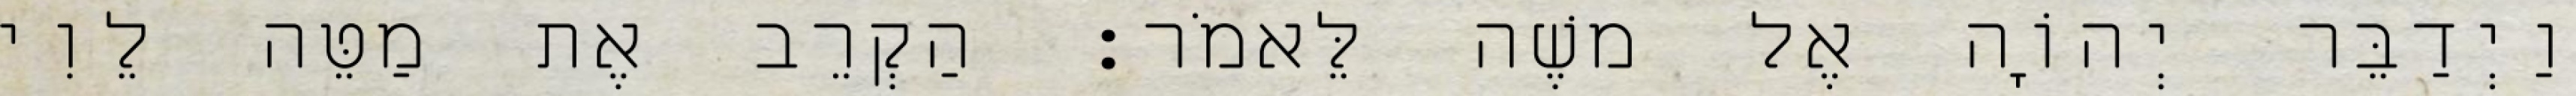
וַיְדַבֵּר יְהוָֹה אֶל משֶׁה לֵּאמֹר׃ הַקְרֵב אֶת מַטֵּה לֵוִי